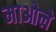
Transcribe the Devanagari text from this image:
माओले